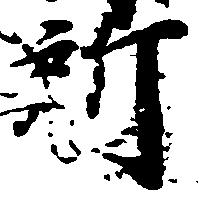
所